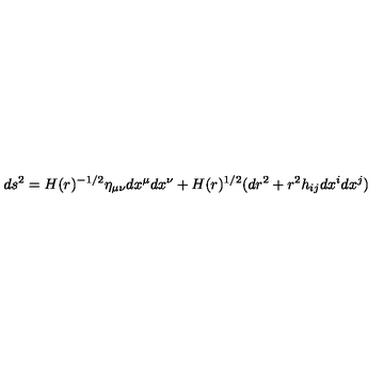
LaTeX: d s ^ { 2 } = H ( r ) ^ { - 1 / 2 } \eta _ { \mu \nu } d x ^ { \mu } d x ^ { \nu } + H ( r ) ^ { 1 / 2 } ( d r ^ { 2 } + r ^ { 2 } h _ { i j } d x ^ { i } d x ^ { j } )